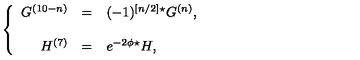
\left\{ \begin{array} { r c l } { G ^ { ( 1 0 - n ) } } & { = } & { ( - 1 ) ^ { \left[ n / 2 \right] } { } ^ { \star } G ^ { ( n ) } , } \\ { } & { } & { } \\ { H ^ { ( 7 ) } } & { = } & { e ^ { - 2 \phi } { } ^ { \star } H , } \\ \end{array} \right.